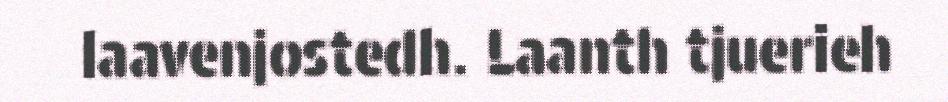
laavenjostedh. Laanth tjuerieh